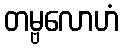
တမ္ဗလောဟံ